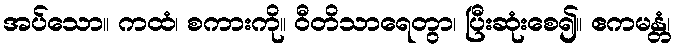
အပ်သော။ ကထံ၊ စကားကို။ ဝီတိသာရေတွာ၊ ပြီးဆုံးစေ၍။ ဧကမန္တံ၊